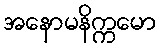
အနောမနိက္ကမော